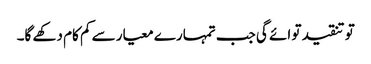
تو تنقید تو ائے گی جب تمہارے معیار سے کم کام دکھے گا۔